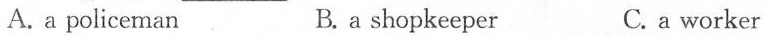
A.a policeman B. a shopkeeper C. a worker